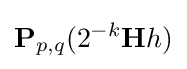
\mathbf {P} _{p,q}(2^{-k}\mathbf {H} h)